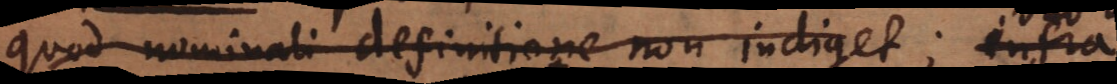
quod nominali definitione non indiget; infra